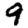
Digit: 9